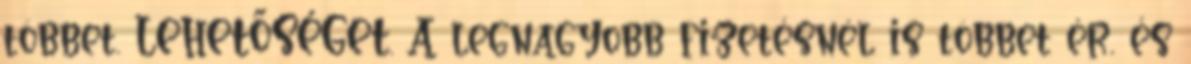
többet. LEHETŐSÉGET. A legnagyobb fizetésnél is többet ér, és